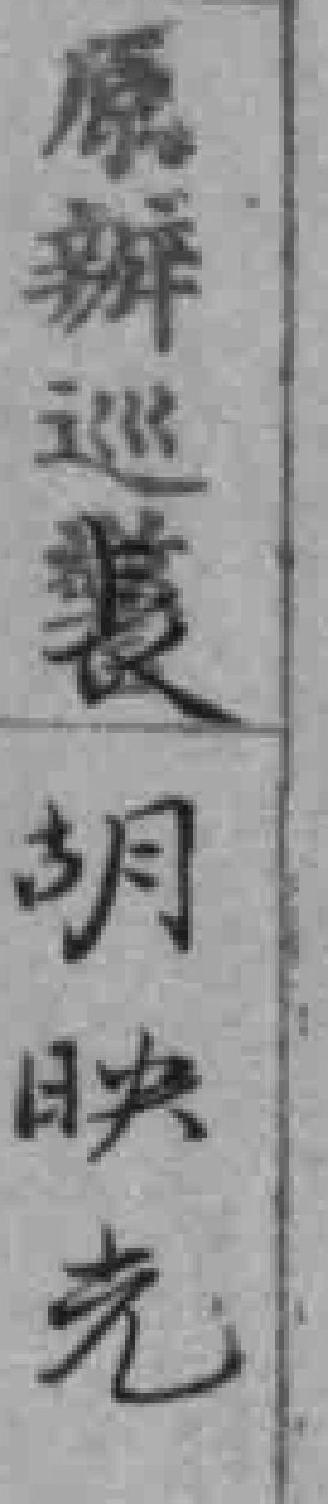
原辦巡長胡映光